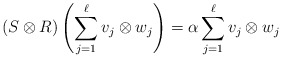
\begin{align*}\left(S\otimes R\right)\left(\sum_{j=1}^{\ell}v_j\otimes w_j\right)=\alpha\sum_{j=1}^{\ell}v_j\otimes w_j\end{align*}